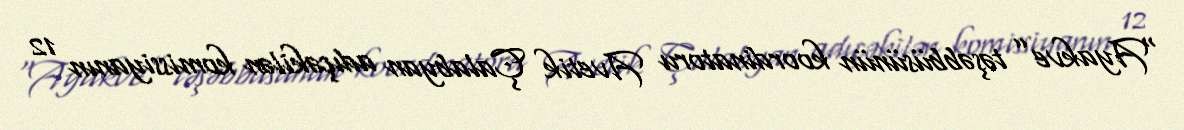
“Ayakve” təşəbbüsünün koordinatoru Avetik Çalabyan adıçəkilən komissiyanın 12